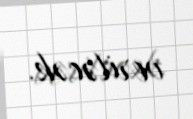
veriləcək.